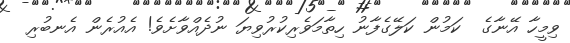
ވިމީހާ އޭނާގެ  ކަމުން ކަލޭގެފާނު ހިތާމަވެރިކުރުވިޔަ ނުދެއްވާށެވެ! އެއުރެން އެނބުރި